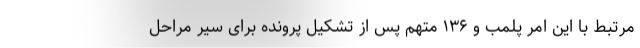
مرتبط با این امر پلمب و ۱۳۶ متهم پس از تشکیل پرونده برای سیر مراحل